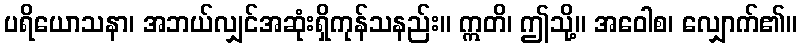
ပရိယောသနာ၊ အဘယ်လျှင်အဆုံးရှိကုန်သနည်း။ ဣတိ၊ ဤသို့။ အဝေါစ၊ လျှောက်၏။